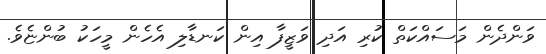
ވަންދެން މަސައްކަތް ކުރި އަދި ވަޒީފާ އިން ކަނޑާލި އެހެން މީހަކު ބުންޏެވެ.